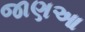
જાણઆ